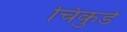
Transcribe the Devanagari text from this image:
चिकुर्डे